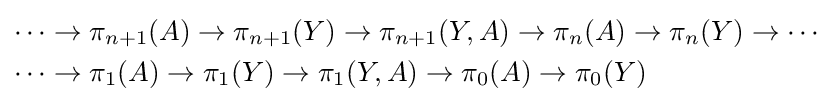
{\begin{aligned}\cdots &\to \pi _{n+1}(A)\to \pi _{n+1}(Y)\to \pi _{n+1}(Y,A)\to \pi _{n}(A)\to \pi _{n}(Y)\to \cdots \\\cdots &\to \pi _{1}(A)\to \pi _{1}(Y)\to \pi _{1}(Y,A)\to \pi _{0}(A)\to \pi _{0}(Y)\end{aligned}}